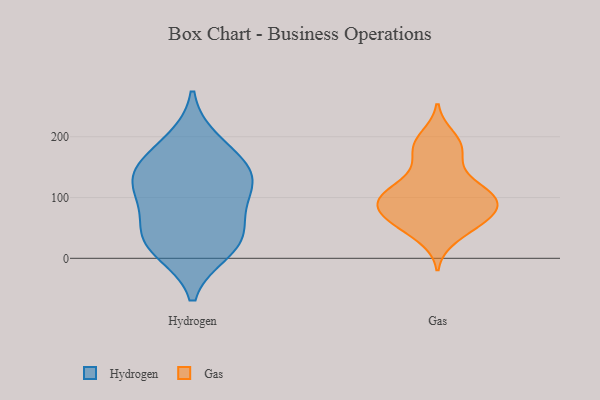
{"axis": {"x": "Production Output", "y": "Value"}, "legend": ["Gas", "Hydrogen"], "data": [{"x": "", "y": 30, "type": "Hydrogen"}, {"x": "", "y": 154, "type": "Hydrogen"}, {"x": "", "y": 132, "type": "Hydrogen"}, {"x": "", "y": 103, "type": "Hydrogen"}, {"x": "", "y": 55, "type": "Hydrogen"}, {"x": "", "y": 112, "type": "Hydrogen"}, {"x": "", "y": 29, "type": "Hydrogen"}, {"x": "", "y": 192, "type": "Hydrogen"}, {"x": "", "y": 146, "type": "Hydrogen"}, {"x": "", "y": 13, "type": "Hydrogen"}, {"x": "", "y": 199, "type": "Gas"}, {"x": "", "y": 98, "type": "Gas"}, {"x": "", "y": 93, "type": "Gas"}, {"x": "", "y": 94, "type": "Gas"}, {"x": "", "y": 177, "type": "Gas"}, {"x": "", "y": 71, "type": "Gas"}, {"x": "", "y": 99, "type": "Gas"}, {"x": "", "y": 99, "type": "Gas"}, {"x": "", "y": 73, "type": "Gas"}, {"x": "", "y": 180, "type": "Gas"}, {"x": "", "y": 125, "type": "Gas"}, {"x": "", "y": 53, "type": "Gas"}, {"x": "", "y": 113, "type": "Gas"}, {"x": "", "y": 35, "type": "Gas"}, {"x": "", "y": 89, "type": "Gas"}, {"x": "", "y": 137, "type": "Gas"}, {"x": "", "y": 61, "type": "Gas"}, {"x": "", "y": 57, "type": "Gas"}, {"x": "", "y": 184, "type": "Gas"}]}